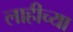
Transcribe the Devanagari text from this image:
लाहीच्या